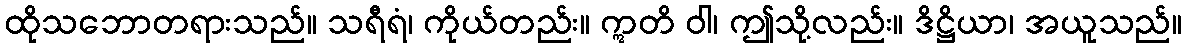
ထိုသဘောတရားသည်။ သရီရံ၊ ကိုယ်တည်း။ ဣတိ ဝါ၊ ဤသို့လည်း။ ဒိဋ္ဌိယာ၊ အယူသည်။